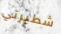
شطيرتي